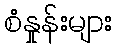
စံနှုန်းများ